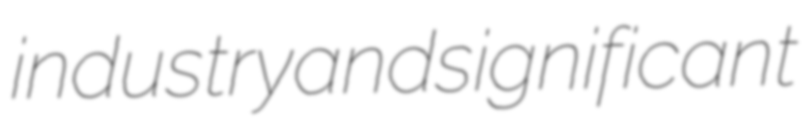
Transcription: industry and significant